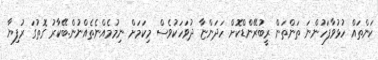
ކަންތައް ހުޅުވާފަހުންނަ ތަންތަން ރީބުރޭންޑްކޮށް ހަދަންޏާ ދުވަހަކުވެސް މިކަމަށް ނިމުމެއްނެތެއްނުން.ބޭކާރު ގޮތުގަ ރުފިޔާ